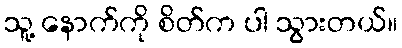
သူ့ နောက်ကို စိတ်က ပါ သွားတယ်။